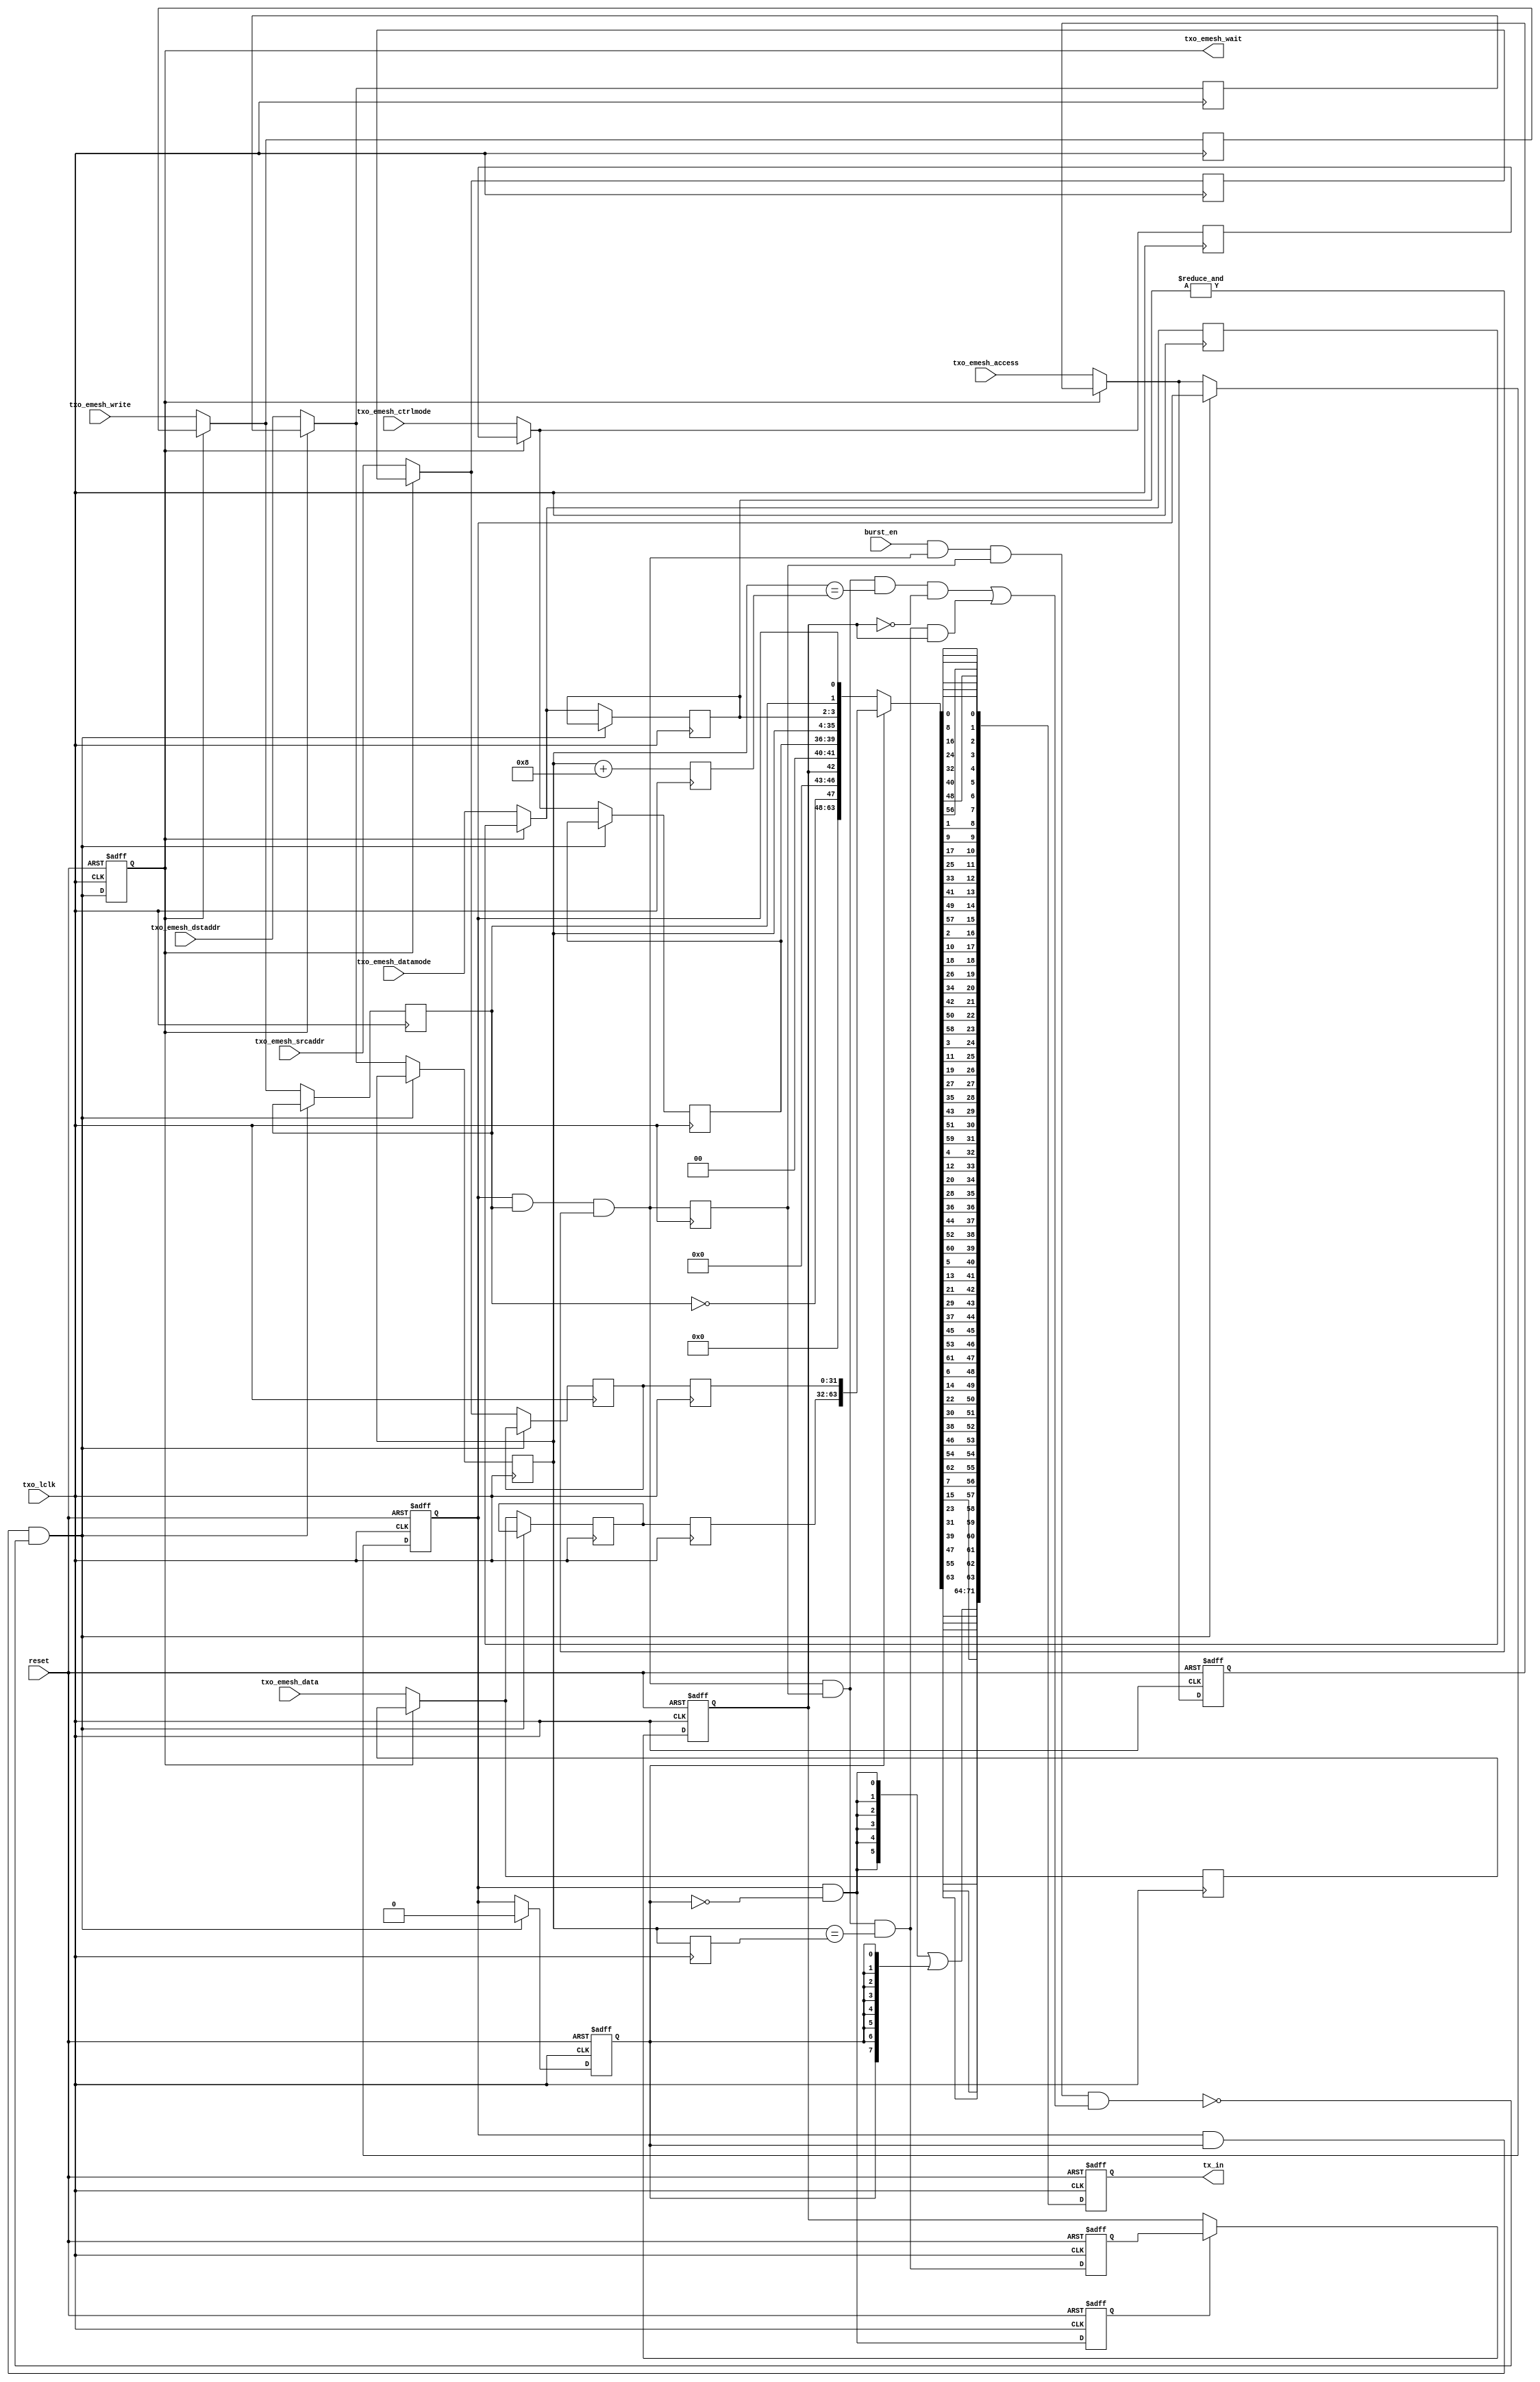
/*
  File: ewrapper_link_txo.v
 
  This file is part of the Parallella FPGA Reference Design.

  Copyright (C) 2013 Adapteva, Inc.
  Contributed by Roman Trogan <support@adapteva.com>

  This program is free software: you can redistribute it and/or modify
  it under the terms of the GNU General Public License as published by
  the Free Software Foundation, either version 3 of the License, or
  (at your option) any later version.

  This program is distributed in the hope that it will be useful,
  but WITHOUT ANY WARRANTY; without even the implied warranty of
  MERCHANTABILITY or FITNESS FOR A PARTICULAR PURPOSE.  See the
  GNU General Public License for more details.

  You should have received a copy of the GNU General Public License
  along with this program (see the file COPYING).  If not, see
  <http://www.gnu.org/licenses/>.
*/
module ewrapper_link_txo(/*AUTOARG*/
   // Outputs
   txo_emesh_wait, tx_in,
   // Inputs
   reset, txo_lclk, txo_emesh_access, txo_emesh_write,
   txo_emesh_datamode, txo_emesh_ctrlmode, txo_emesh_dstaddr,
   txo_emesh_srcaddr, txo_emesh_data, burst_en
   );

   //#########
   //# INPUTS
   //#########

   input          reset;     //reset input
   input 	  txo_lclk;  //transmitter clock

   //# From the Emesh
   input 	  txo_emesh_access;
   input 	  txo_emesh_write;
   input [1:0] 	  txo_emesh_datamode;
   input [3:0] 	  txo_emesh_ctrlmode;
   input [31:0]   txo_emesh_dstaddr;
   input [31:0]   txo_emesh_srcaddr;
   input [31:0]   txo_emesh_data;   

   input 	  burst_en; // Burst enable control

   //##########
   //# OUTPUTS
   //##########

   //# To the Emesh
   output 	  txo_emesh_wait;

   //# To the lvds-serdes
   output [71:0]  tx_in;
   
   /*AUTOINPUT*/
   /*AUTOWIRE*/

   //#########
   //# Regs
   //#########
   reg 		  shadow_access;
   reg 		  shadow_write;
   reg [1:0] 	  shadow_datamode;
   reg [3:0] 	  shadow_ctrlmode;
   reg [31:0] 	  shadow_dstaddr;
   reg [31:0] 	  shadow_srcaddr;
   reg [31:0] 	  shadow_data;

   reg 		  cycle1_access;
   reg 		  cycle1_write;
   reg [1:0] 	  cycle1_datamode;
   reg [3:0] 	  cycle1_ctrlmode;
   reg [31:0] 	  cycle1_dstaddr;
   reg [31:0] 	  cycle1_srcaddr;
   reg [31:0] 	  cycle1_data;

   reg 		  cycle2_access;
   reg [31:0] 	  cycle2_dstaddr;
   reg [31:0] 	  cycle2_srcaddr;
   reg [31:0] 	  cycle2_data;   

   reg 		  cycle2_dbl; 
   reg [31:0] 	  cycle2_dstaddr_inc8;

   reg 		  byte0_inc0;
   reg 		  txo_emesh_wait;
   reg [71:0] 	  tx_in;

   reg 		  cycle1_frame_bit_del;
   reg 		  inc0_match_del;

   //#########
   //# Wires
   //#########
   wire 	  emesh_access;
   wire 	  emesh_write;
   wire [1:0] 	  emesh_datamode;
   wire [3:0] 	  emesh_ctrlmode;
   wire [31:0] 	  emesh_dstaddr;
   wire [31:0] 	  emesh_srcaddr;
   wire [31:0] 	  emesh_data;   

   wire 	  cycle1_dbl; // Cycle1 has a valid double write transaction
   wire [31:0] 	  cycle1_dstaddr_inc8; 
   wire 	  inc8_match;
   wire 	  inc0_match;
   wire 	  burst_tran;
   wire 	  emesh_wait;

   wire 	  cycle1_frame_bit;
   wire 	  cycle2_frame_bit;
   wire [7:0] 	  cycle1_frame;
   wire [7:0] 	  cycle2_frame;
   wire [7:0] 	  txo_frame_int;
   wire [7:0] 	  tran_byte0;
   wire [63:0] 	  cycle1_data_long;
   wire [63:0] 	  cycle2_data_long;
   wire [63:0] 	  data_long;

   wire [7:0] 	  channel0;
   wire [7:0] 	  channel1;
   wire [7:0] 	  channel2;
   wire [7:0] 	  channel3;
   wire [7:0] 	  channel4;
   wire [7:0] 	  channel5;
   wire [7:0] 	  channel6;
   wire [7:0] 	  channel7;

   wire [71:0] 	  txo_data_int;
   
   //##########################
   //# Latch Emesh Transaction
   //##########################

   always @ (posedge txo_lclk or posedge reset)
     if (reset)
       shadow_access <= 1'b0;
     else if(~txo_emesh_wait)
       shadow_access <= txo_emesh_access;

   always @ (posedge txo_lclk)
     if (~txo_emesh_wait)
       begin
	  shadow_write         <= txo_emesh_write;            
	  shadow_datamode[1:0] <= txo_emesh_datamode[1:0];    
	  shadow_ctrlmode[3:0] <= txo_emesh_ctrlmode[3:0];    
	  shadow_dstaddr[31:0] <= txo_emesh_dstaddr[31:0];   
	  shadow_srcaddr[31:0] <= txo_emesh_srcaddr[31:0];   
	  shadow_data[31:0]    <= txo_emesh_data[31:0];
       end

   assign emesh_access = txo_emesh_wait ? shadow_access : txo_emesh_access;
   assign emesh_write  = txo_emesh_wait ? shadow_write  : txo_emesh_write;

   assign emesh_datamode[1:0] = txo_emesh_wait ? shadow_datamode[1:0] :
				                 txo_emesh_datamode[1:0];

   assign emesh_ctrlmode[3:0] = txo_emesh_wait ? shadow_ctrlmode[3:0] :
				                 txo_emesh_ctrlmode[3:0];

   assign emesh_dstaddr[31:0] = txo_emesh_wait ? shadow_dstaddr[31:0] :
				                 txo_emesh_dstaddr[31:0];

   assign emesh_srcaddr[31:0] = txo_emesh_wait ? shadow_srcaddr[31:0] :
				                 txo_emesh_srcaddr[31:0];

   assign emesh_data[31:0] = txo_emesh_wait ? shadow_data[31:0] :
			                      txo_emesh_data[31:0];

   //# Wait indication for emesh
   assign emesh_wait = cycle1_access & cycle2_access & ~burst_tran;

   always @ (posedge txo_lclk or posedge reset)
     if (reset)
       txo_emesh_wait <= 1'b0;
     else
       txo_emesh_wait <= emesh_wait;

   //# First Cycle of the transaction to LVDS-SERDES
   always @ (posedge txo_lclk or posedge reset)
     if (reset)
       cycle1_access <= 1'b0;
     else if(~emesh_wait)
       cycle1_access <= emesh_access;

   always @ (posedge txo_lclk)
     if (~emesh_wait)
       begin
	  cycle1_write         <= emesh_write;            
	  cycle1_datamode[1:0] <= emesh_datamode[1:0];    
	  cycle1_ctrlmode[3:0] <= emesh_ctrlmode[3:0];    
	  cycle1_dstaddr[31:0] <= emesh_dstaddr[31:0];   
	  cycle1_srcaddr[31:0] <= emesh_srcaddr[31:0];   
	  cycle1_data[31:0]    <= emesh_data[31:0];
       end

   //# Second Cycle of the transaction to LVDS-SERDES (never gets stalled)
   always @ (posedge txo_lclk or posedge reset)
     if (reset)
       cycle2_access <= 1'b0;
     else if(emesh_wait)
       cycle2_access <= 1'b0;
     else
       cycle2_access <= cycle1_access;
   
   always @ (posedge txo_lclk)
     begin
	cycle2_dstaddr[31:0]      <= cycle1_dstaddr[31:0];   
	cycle2_srcaddr[31:0]      <= cycle1_srcaddr[31:0];   
	cycle2_data[31:0]         <= cycle1_data[31:0];
	cycle2_dbl                <= cycle1_dbl;
	cycle2_dstaddr_inc8[31:0] <= cycle1_dstaddr_inc8[31:0];
     end
   
   always @ (posedge txo_lclk or posedge reset)
     if(reset)
       begin
	  cycle1_frame_bit_del <= 1'b0;
	  inc0_match_del       <= 1'b0;
       end
     else
       begin
	  cycle1_frame_bit_del <= cycle1_frame_bit;
	  inc0_match_del       <= inc0_match;
       end

   //# keeping track of the address increment mode of burst transaction
   always @ (posedge txo_lclk or posedge reset)
     if(reset)
       byte0_inc0     <= 1'b0;
     else if(cycle1_frame_bit_del)
       byte0_inc0     <= inc0_match_del;

   //# transaction type + transaction address comparison
   assign cycle1_dbl = cycle1_access & cycle1_write & (&(cycle1_datamode[1:0]));
   
   assign cycle1_dstaddr_inc8[31:0] = cycle1_dstaddr[31:0] + 
				      {{(28){1'b0}},4'b1000};

   assign inc8_match = cycle1_dbl & cycle2_dbl & 
		       (cycle1_dstaddr[31:0] == cycle2_dstaddr_inc8[31:0]);
   assign inc0_match = cycle1_dbl & cycle2_dbl &
		       (cycle1_dstaddr[31:0] == cycle2_dstaddr[31:0]);

   //# this is burst transaction
   assign burst_tran = burst_en &
		       cycle1_dbl & cycle2_dbl &
		       ((inc8_match  & ~byte0_inc0) |  // address match
			(inc0_match  &  byte0_inc0));

   assign tran_byte0[7:0] = {~cycle1_write,4'b0000,byte0_inc0,2'b00};

   //###############################################
   //# Actual Interface with LVDS-SERDES (easy :-) )
   //###############################################

   assign cycle1_frame_bit  = cycle1_access & ~cycle2_access;
   assign cycle2_frame_bit  = cycle2_access;
   assign cycle1_frame[7:0] = {2'b00,{(6){cycle1_frame_bit}}};
   assign cycle2_frame[7:0] =        {(8){cycle2_frame_bit}};

   assign txo_frame_int[7:0] = cycle1_frame[7:0] | cycle2_frame[7:0];

   assign cycle1_data_long[63:0] = {{(8){1'b0}},
                                    {(8){1'b0}},
                                    tran_byte0[7:0],
                                    cycle1_ctrlmode[3:0],cycle1_dstaddr[31:28],
                                    cycle1_dstaddr[27:20],
                                    cycle1_dstaddr[19:12],
                                    cycle1_dstaddr[11:4],
	  cycle1_dstaddr[3:0],cycle1_datamode[1:0],cycle1_write,cycle1_access};

   assign cycle2_data_long[63:0] = {cycle2_data[31:0],cycle2_srcaddr[31:0]};

   assign data_long[63:0] = cycle2_access ? cycle2_data_long[63:0] :
			                    cycle1_data_long[63:0];

   //# data per-channel arrangement
   assign channel0[7:0] = {data_long[56],data_long[48], 
			   data_long[40],data_long[32], 
			   data_long[24],data_long[16], 
			   data_long[8], data_long[0]
			   };
   
   assign channel1[7:0] = {data_long[57],data_long[49], 
			   data_long[41],data_long[33], 
			   data_long[25],data_long[17], 
			   data_long[9], data_long[1]
			   };
   
   assign channel2[7:0] = {data_long[58],data_long[50], 
			   data_long[42],data_long[34], 
			   data_long[26],data_long[18], 
			   data_long[10],data_long[2]
			   };
   
   assign channel3[7:0] = {data_long[59],data_long[51], 
			   data_long[43],data_long[35], 
			   data_long[27],data_long[19], 
			   data_long[11],data_long[3]
			   };
   
   assign channel4[7:0] = {data_long[60],data_long[52], 
			   data_long[44],data_long[36], 
			   data_long[28],data_long[20], 
			   data_long[12],data_long[4]
			   };
   
   assign channel5[7:0] = {data_long[61],data_long[53], 
			   data_long[45],data_long[37], 
			   data_long[29],data_long[21], 
			   data_long[13],data_long[5]
			   };
   
   assign channel6[7:0] = {data_long[62],data_long[54], 
			   data_long[46],data_long[38], 
			   data_long[30],data_long[22], 
			   data_long[14],data_long[6]
			   };
   
   assign channel7[7:0] = {data_long[63],data_long[55], 
			   data_long[47],data_long[39], 
			   data_long[31],data_long[23], 
			   data_long[15],data_long[7]
			   };

   assign txo_data_int[71:0] =
		      {txo_frame_int[7:0],
		       channel7[7:0],channel6[7:0],channel5[7:0],channel4[7:0],
		       channel3[7:0],channel2[7:0],channel1[7:0],channel0[7:0]};


   always @ (posedge txo_lclk or posedge reset)
     if (reset)
       tx_in[71:0] <= {(72){1'b0}};
     else
       tx_in[71:0] <= txo_data_int[71:0];

endmodule // ewrapper_link_txo